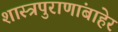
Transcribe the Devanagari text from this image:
शास्त्रपुराणांबाहेर